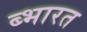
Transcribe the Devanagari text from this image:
ब्भारत